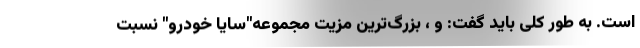
است. به طور کلی باید گفت: و ، بزرگ­ترین مزیت مجموعه"سایا خودرو" نسبت